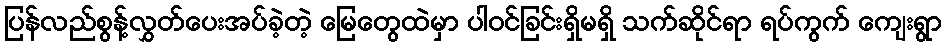
ပြန်လည်စွန့်လွှတ်ပေးအပ်ခဲ့တဲ့ မြေတွေထဲမှာ ပါဝင်ခြင်းရှိမရှိ သက်ဆိုင်ရာ ရပ်ကွက် ကျေးရွာ